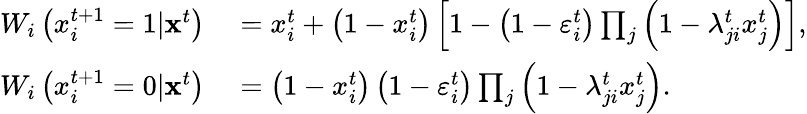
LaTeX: \begin{array}{rl}{W_{i}\left(x_{i}^{t+1}=1|{\mathbf x}^{t}\right)}&{{}=x_{i}^{t}+\left(1-x_{i}^{t}\right)\left[1-\left(1-\varepsilon_{i}^{t}\right)\prod_{j}\left(1-\lambda_{ji}^{t}x_{j}^{t}\right)\right],}\\ {W_{i}\left(x_{i}^{t+1}=0|{\mathbf x}^{t}\right)}&{{}=\left(1-x_{i}^{t}\right)\left(1-\varepsilon_{i}^{t}\right)\prod_{j}\left(1-\lambda_{ji}^{t}x_{j}^{t}\right).}\end{array}